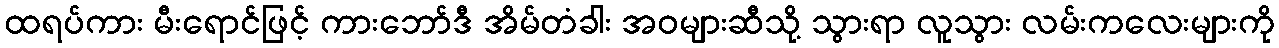
ထရပ်ကား မီးရောင်ဖြင့် ကားဘော်ဒီ အိမ်တံခါး အဝများဆီသို့ သွားရာ လူသွား လမ်းကလေးများကို